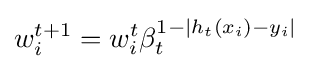
w_{i}^{t+1}=w_{i}^{t}\beta _{t}^{1-|h_{t}(x_{i})-y_{i}|}